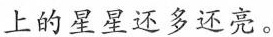
上的星星还多还亮。